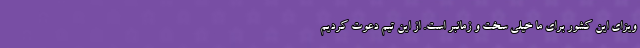
ویزای این کشور برای ما خیلی سخت و زمانبر است. از این تیم دعوت کردیم